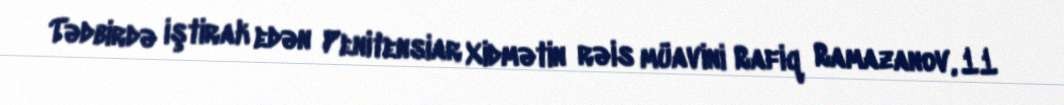
Tədbirdə iştirak edən Penitensiar Xidmətin rəis müavini Rafiq Ramazanov, 11